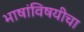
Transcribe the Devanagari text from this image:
भाषांविषयीचा